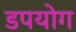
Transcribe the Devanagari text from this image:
डपयोग